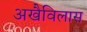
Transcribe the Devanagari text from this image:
अखैविलास